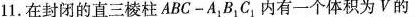
11.在封闭的直三棱柱$$A B C - A _ { 1 } B _ { 1 } C _ { 1 }内有一个体积为V的